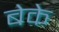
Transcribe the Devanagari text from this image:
बेके